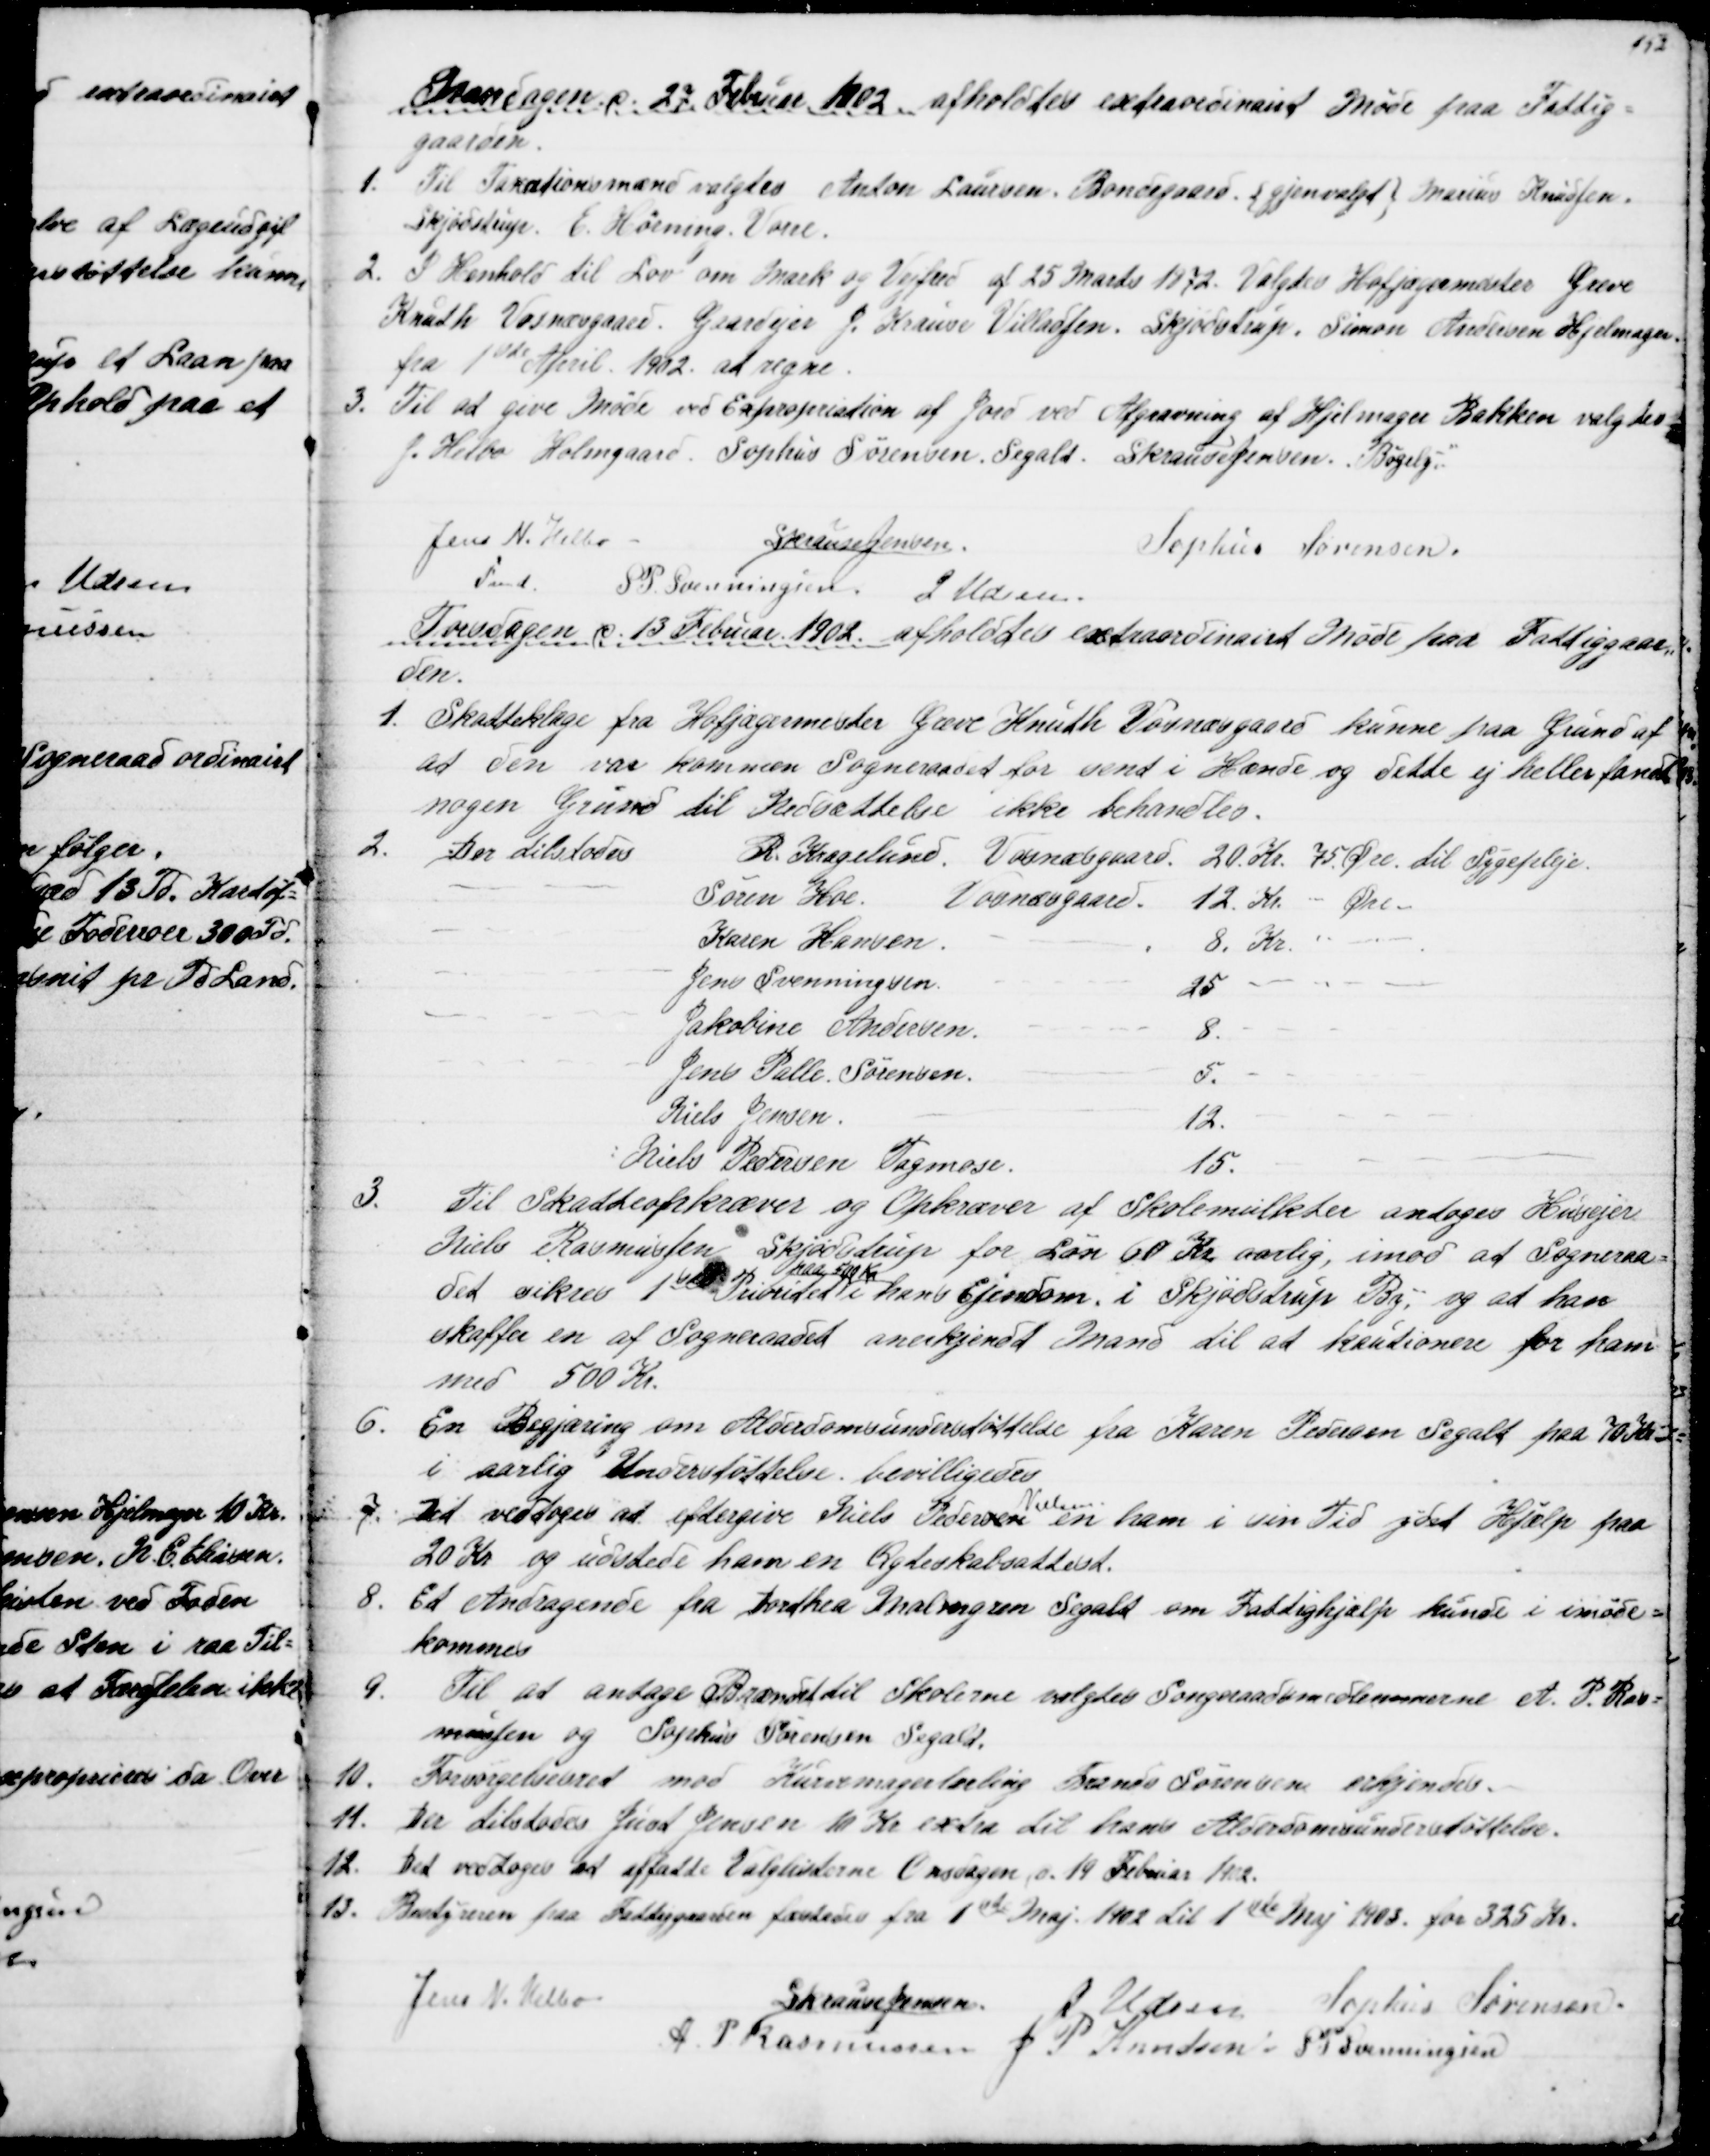
Transskription:
Mandagen d. 27. Februar 1902 afholdtes extraordinairt Møde paa Fattig-
gaarden.
1. Til Taxationsmænd valgtes Anton Laursen. Bondegaard {gjenvalgt}  Marius Knudsen.
Skjødstrup. E. Hørning. Vorre.
2. I Henhold til Lov om Mark og Vejfred af 25 Marts 1872. Valgtes Hofjægermester Greve
Knuth Vosnæsgaard. Gaardejer J. Krause Villadsen, Skjødstrup. Simon Andersen Hjelmager.
fra 1ste April 1902. at regne.
3. Til at give Møde ved Expropriation af Jord ved Afgravning af Hjelmager Bakken valgtes
J. Helbo Holmgaard, Sophus Sørensen, Segalt. S Krause Jensen. Bøgely.
Jens N. Helbo
Fmd.
S Krause Jensen.
Sophus Sørensen.
S. P. Svenningsen J Udsen.
Torsdagen d. 13 Februar 1902 afholdtes extraordinairt Møde paa Fattiggaar=
den.
1. Skatteklage fra Hofjægermester Greve Knuth Vosnæsgaard kunne paa Grund af
at den var kommen Sogneraadet for sent i Hænde og dette ej heller fandt
nogen Grund til Nedsættelse ikke behandles.
2.
Der tilstodes
R. Kragelund Vosnæsgaard.
20 Kr. 75 Øre til Sygepleje.
Søren Hoe.
Vosnæsgaard.
12 Kr. - Øre.
Karen Hansen
8. Kr. " "
Jens Svenningsen.
25 " "
Jakobine Andersen.
8. -
Jens Palle Sørensen
5. -
Niels Jensen
12. -
Niels Pedersen Tagmose.
15. -
3.
Til Skatteopkræver og Opkræver af Skolemulkter antoges Husejer
Niels Rasmussen Skjødstrup for Løn 60 Kr aarlig, imod at Sogneraa=
det sikres 1ste Prioritet 
paa 500 Kr
i hans Ejendom. i Skjødstrup By,- og at han
skaffer en af Sogneraadet anerkjendt Mand til at kautionere for ham
med 500 Kr.
6.
En Begjæring om Alderdomsunderstøttelse fra Karen Pedersen Segalt paa 70 Kr. 
i aarlig Understøttelse bevilligedes
7. Det vedtoges at eftergive Niels Pedersen 
Nielsen.
en ham i sin Tid ydet Hjælp paa
20 Kr og udstede ham en Ægteskabsattest.
8.
Et Andragende fra Dorthea Malmgren Segalt om Fattighjælp kunde i imøde=
kommes
9.
Til at antage Brændet til Skolerne valgtes Sogneraadsmedlemmerne A. P. Ras=
mussen og Sophus Sørensen Segalt.
10.
Forsørgelsesret mod Karetmagerlærling Frands Sørensen erkjendes.
11.
Der tilstodes Just Jensen 10 Kr extra til hans Alderdomsunderstøttelse.
12.
Det vedtoges at affatte Valglisterne Onsdagen d. 19 Februar 1902.
13.
Bestyreren paa Fattiggaarden fæstedes fra 1ste Maj 1902 til 1ste Maj 1903 for 325 Kr.
Jens N. Helbo
S Krause Jensen
J. Udsen
Sophus Sørensen
A P Rasmussen J P Knudsen S. P. Svenningsen